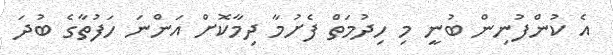
އެ ކުންފުނިން ބުނީ މި ހިދުމަތް ފެށުމާ ދިމާކޮށް އަންނަ ހަފުތާގެ ބުދަ